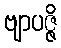
ဗျာပဇ္ဇိ